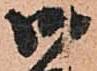
御